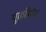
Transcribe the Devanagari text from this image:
युक्रॉयोट